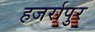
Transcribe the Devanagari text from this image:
हजर्रापुर